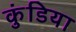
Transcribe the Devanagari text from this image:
कुंडिया